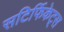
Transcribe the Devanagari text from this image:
सटिर्फिकेट्स